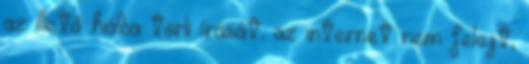
az illető hiába törli írását, az internet nem felejt,